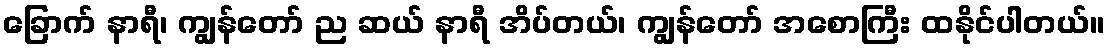
ခြောက် နာရီ၊ ကျွန်တော် ည ဆယ် နာရီ အိပ်တယ်၊ ကျွန်တော် အစောကြီး ထနိုင်ပါတယ်။